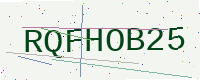
Text: RQFHOB25